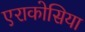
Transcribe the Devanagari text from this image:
एराकोसिया